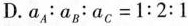
D.$$a_{A}:a_{B}:a_{C}=1:2:1$$